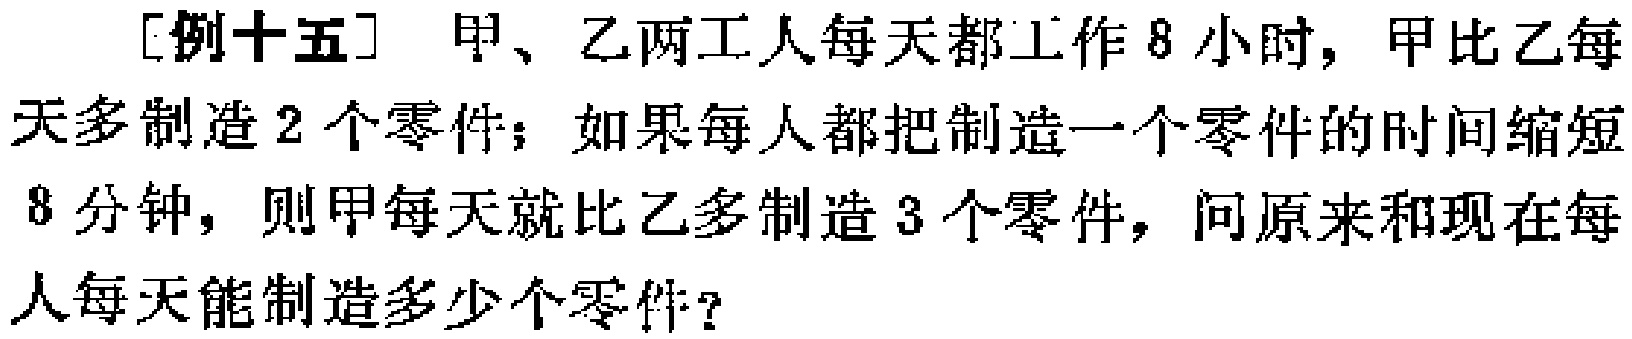
[例十五] 甲、乙两工人每天都工作8小时，甲比乙每天多制造2个零件；如果每人都把制造一个零件的时间缩短8分钟，则甲每天就比乙多制造3个零件，问原来和现在每人每天能制造多少个零件？